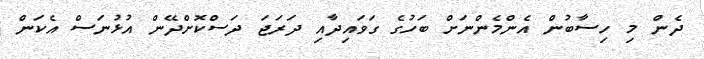
ދެން މި ހިސާބުން އެންމެންނަަށް ބަހުގެ ގަވައިދާއި ދަރަޖަ ދަސްކޮށްދޭން އުޅުނަސް އެކަން